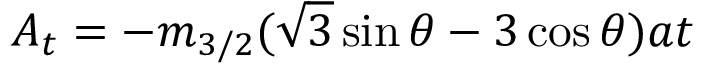
A _ { t } = - m _ { 3 / 2 } ( \sqrt { 3 } \sin \theta - 3 \cos \theta ) \l { a t }